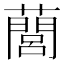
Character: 䕡